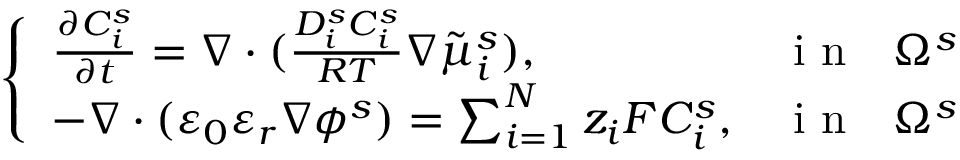
\left\{ \begin{array} { l l } { \frac { \partial C _ { i } ^ { s } } { \partial t } = \nabla \cdot ( \frac { D _ { i } ^ { s } C _ { i } ^ { s } } { R T } \nabla \tilde { \mu } _ { i } ^ { s } ) , } & { \mathrm { ~ i ~ n ~ ~ ~ } \Omega ^ { s } } \\ { - \nabla \cdot ( \varepsilon _ { 0 } \varepsilon _ { r } \nabla \phi ^ { s } ) = \sum _ { i = 1 } ^ { N } z _ { i } F C _ { i } ^ { s } , } & { \mathrm { ~ i ~ n ~ ~ ~ } \Omega ^ { s } } \end{array} \right.